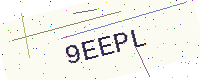
Text: 9EEPL